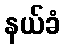
နယ်ခံ